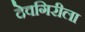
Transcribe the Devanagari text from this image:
देवगिरीला